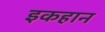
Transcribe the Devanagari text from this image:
इकहान